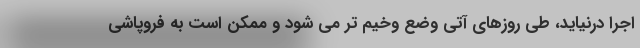
اجرا درنیاید، طی روزهای آتی وضع وخیم تر می شود و ممکن است به فروپاشی